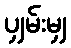
ပျှမ်းမျှ